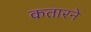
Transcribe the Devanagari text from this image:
कतारने